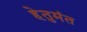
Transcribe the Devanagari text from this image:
हेतुमंत